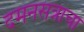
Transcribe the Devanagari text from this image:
दमनसत्राचा